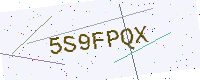
Text: 5S9FPQX